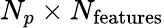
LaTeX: N_{p}\times N_{\mathrm{features}}